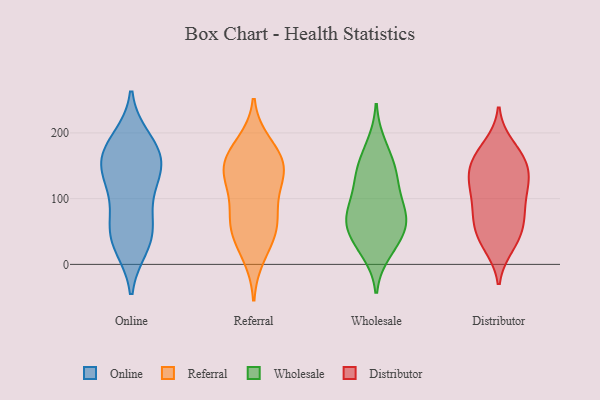
{"axis": {"x": "Temperature (°C)", "y": "Value"}, "legend": ["Distributor", "Online", "Referral", "Wholesale"], "data": [{"x": "", "y": 190, "type": "Online"}, {"x": "", "y": 30, "type": "Online"}, {"x": "", "y": 148, "type": "Online"}, {"x": "", "y": 176, "type": "Online"}, {"x": "", "y": 49, "type": "Online"}, {"x": "", "y": 180, "type": "Online"}, {"x": "", "y": 163, "type": "Online"}, {"x": "", "y": 142, "type": "Online"}, {"x": "", "y": 68, "type": "Online"}, {"x": "", "y": 52, "type": "Online"}, {"x": "", "y": 102, "type": "Online"}, {"x": "", "y": 125, "type": "Online"}, {"x": "", "y": 28, "type": "Online"}, {"x": "", "y": 146, "type": "Online"}, {"x": "", "y": 62, "type": "Referral"}, {"x": "", "y": 56, "type": "Referral"}, {"x": "", "y": 142, "type": "Referral"}, {"x": "", "y": 138, "type": "Referral"}, {"x": "", "y": 14, "type": "Referral"}, {"x": "", "y": 43, "type": "Referral"}, {"x": "", "y": 167, "type": "Referral"}, {"x": "", "y": 125, "type": "Referral"}, {"x": "", "y": 160, "type": "Referral"}, {"x": "", "y": 183, "type": "Referral"}, {"x": "", "y": 148, "type": "Referral"}, {"x": "", "y": 68, "type": "Referral"}, {"x": "", "y": 98, "type": "Referral"}, {"x": "", "y": 69, "type": "Wholesale"}, {"x": "", "y": 19, "type": "Wholesale"}, {"x": "", "y": 36, "type": "Wholesale"}, {"x": "", "y": 137, "type": "Wholesale"}, {"x": "", "y": 182, "type": "Wholesale"}, {"x": "", "y": 69, "type": "Wholesale"}, {"x": "", "y": 62, "type": "Wholesale"}, {"x": "", "y": 121, "type": "Wholesale"}, {"x": "", "y": 157, "type": "Wholesale"}, {"x": "", "y": 33, "type": "Wholesale"}, {"x": "", "y": 99, "type": "Wholesale"}, {"x": "", "y": 80, "type": "Wholesale"}, {"x": "", "y": 139, "type": "Wholesale"}, {"x": "", "y": 67, "type": "Wholesale"}, {"x": "", "y": 78, "type": "Distributor"}, {"x": "", "y": 162, "type": "Distributor"}, {"x": "", "y": 49, "type": "Distributor"}, {"x": "", "y": 116, "type": "Distributor"}, {"x": "", "y": 40, "type": "Distributor"}, {"x": "", "y": 143, "type": "Distributor"}, {"x": "", "y": 69, "type": "Distributor"}, {"x": "", "y": 74, "type": "Distributor"}, {"x": "", "y": 121, "type": "Distributor"}, {"x": "", "y": 172, "type": "Distributor"}, {"x": "", "y": 131, "type": "Distributor"}, {"x": "", "y": 181, "type": "Distributor"}, {"x": "", "y": 77, "type": "Distributor"}, {"x": "", "y": 122, "type": "Distributor"}, {"x": "", "y": 151, "type": "Distributor"}, {"x": "", "y": 28, "type": "Distributor"}, {"x": "", "y": 32, "type": "Distributor"}, {"x": "", "y": 157, "type": "Distributor"}, {"x": "", "y": 107, "type": "Distributor"}]}